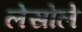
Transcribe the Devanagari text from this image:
लेसोले